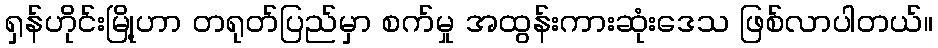
ရှန်ဟိုင်းမြို့ဟာ တရုတ်ပြည်မှာ စက်မှု အထွန်းကားဆုံးဒေသ ဖြစ်လာပါတယ်။